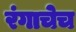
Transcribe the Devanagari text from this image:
रंगाचेच